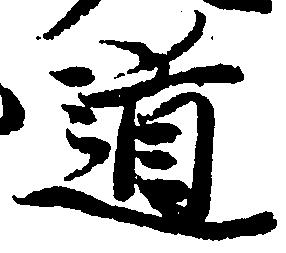
道